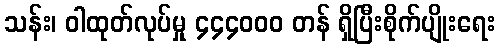
သန်း၊ ဝါထုတ်လုပ်မှု ၄၄၄၀၀၀ တန် ရှိပြီးစိုက်ပျိုးရေး